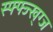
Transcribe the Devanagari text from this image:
स्फ्फ्ज्ख्ग्ज